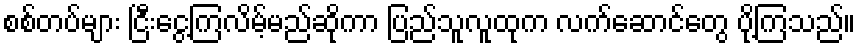
စစ်တပ်များ ငြီးငွေ့ကြလိမ့်မည်ဆိုကာ ပြည်သူလူထုက လက်ဆောင်တွေ ပို့ကြသည်။